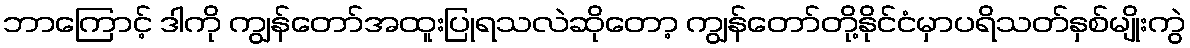
ဘာကြောင့် ဒါကို ကျွန်တော်အထူးပြုရသလဲဆိုတော့ ကျွန်တော်တို့နိုင်ငံမှာပရိသတ်နှစ်မျိုးကွဲ